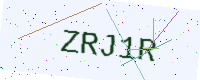
Text: ZRJ1R